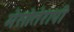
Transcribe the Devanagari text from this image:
मेसोतेरापी